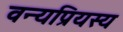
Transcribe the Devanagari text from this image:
वन्यप्रियस्य